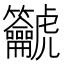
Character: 𪛔